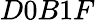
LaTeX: D0B1F